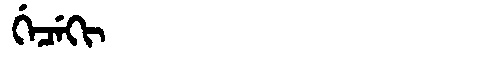
Manchu: ᡤᡝᠴᡝᡴᡳ
Romanization: GECEKI